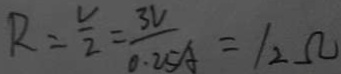
R = \frac { V } { 2 } = \frac { 3 V } { 0 . 2 5 A } = 1 2 \Omega